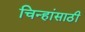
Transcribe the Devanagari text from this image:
चिन्हांसाठी